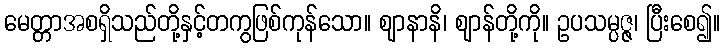
မေတ္တာအစရှိသည်တို့နှင့်တကွဖြစ်ကုန်သော။ ဈာနာနိ၊ ဈာန်တို့ကို။ ဥပသမ္ပဇ္ဇ၊ ပြီးစေ၍။